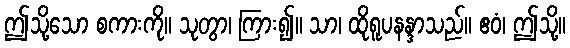
ဤသို့သော စကားကို။ သုတွာ၊ ကြား၍။ သာ၊ ထိုရူပနန္ဒာသည်။ ဧဝံ၊ ဤသို့။